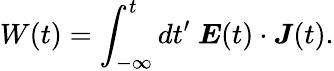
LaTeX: W(t)=\int_{-\infty}^{t}dt^{\prime}\ \boldsymbol{E}(t)\cdot\boldsymbol{J}(t).